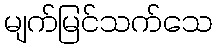
မျက်မြင်သက်သေ